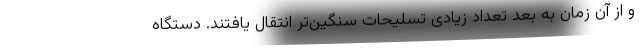
و از آن زمان به بعد تعداد زیادی تسلیحات سنگین‌تر انتقال یافتند. دستگاه